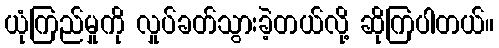
ယုံကြည်မှုကို လှုပ်ခတ်သွားခဲ့တယ်လို့ ဆိုကြပါတယ်။